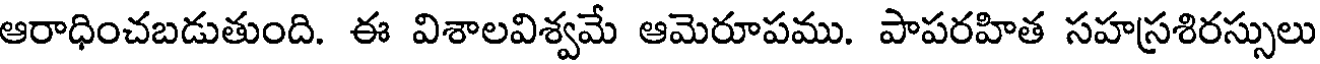
ఆరాధించబడుతుంది. ఈ విశాలవిశ్వమే ఆమెరూపము. పాపరహిత సహస్రశిరస్సులు